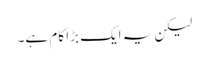
لیکن یہ ایک بڑا کام ہے۔